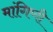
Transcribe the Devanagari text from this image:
मांगिणी